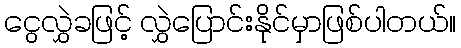
ငွေလွှဲခဖြင့် လွှဲပြောင်းနိုင်မှာဖြစ်ပါတယ်။